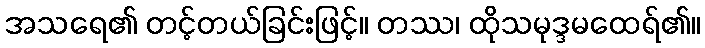
အသရေ၏ တင့်တယ်ခြင်းဖြင့်။ တဿ၊ ထိုသမုဒ္ဒမထေရ်၏။